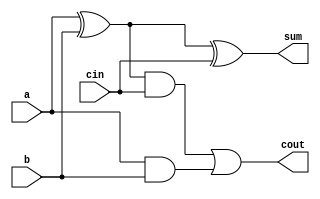

module full_adder(
    input a,
    input b,
    input cin,
    output sum,
    output cout 
);

assign sum = (a ^ b) ^ cin;

assign cout = ((a ^ b) & cin) | (a & b);

endmodule


// 32 bit ripple carry adder
module add(
    input [31:0] a,
    input [31:0] b,
    input cin,
    output [31:0] sum,
    output cout
);

// Internal carry wires to connect the full adders
wire [30:0] carry;

// Instantiate the full adders
full_adder fa0(a[0], b[0], cin, sum[0], carry[0]);
full_adder fa1(a[1], b[1], carry[0], sum[1], carry[1]);
full_adder fa2(a[2], b[2], carry[1], sum[2], carry[2]);
full_adder fa3(a[3], b[3], carry[2], sum[3], carry[3]);
full_adder fa4(a[4], b[4], carry[3], sum[4], carry[4]);
full_adder fa5(a[5], b[5], carry[4], sum[5], carry[5]);
full_adder fa6(a[6], b[6], carry[5], sum[6], carry[6]);
full_adder fa7(a[7], b[7], carry[6], sum[7], carry[7]);
full_adder fa8(a[8], b[8], carry[7], sum[8], carry[8]);
full_adder fa9(a[9], b[9], carry[8], sum[9], carry[9]);
full_adder fa10(a[10], b[10], carry[9], sum[10], carry[10]);
full_adder fa11(a[11], b[11], carry[10], sum[11], carry[11]);
full_adder fa12(a[12], b[12], carry[11], sum[12], carry[12]);
full_adder fa13(a[13], b[13], carry[12], sum[13], carry[13]);
full_adder fa14(a[14], b[14], carry[13], sum[14], carry[14]);
full_adder fa15(a[15], b[15], carry[14], sum[15], carry[15]);
full_adder fa16(a[16], b[16], carry[15], sum[16], carry[16]);
full_adder fa17(a[17], b[17], carry[16], sum[17], carry[17]);
full_adder fa18(a[18], b[18], carry[17], sum[18], carry[18]);
full_adder fa19(a[19], b[19], carry[18], sum[19], carry[19]);
full_adder fa20(a[20], b[20], carry[19], sum[20], carry[20]);
full_adder fa21(a[21], b[21], carry[20], sum[21], carry[21]);
full_adder fa22(a[22], b[22], carry[21], sum[22], carry[22]);
full_adder fa23(a[23], b[23], carry[22], sum[23], carry[23]);
full_adder fa24(a[24], b[24], carry[23], sum[24], carry[24]);
full_adder fa25(a[25], b[25], carry[24], sum[25], carry[25]);
full_adder fa26(a[26], b[26], carry[25], sum[26], carry[26]);
full_adder fa27(a[27], b[27], carry[26], sum[27], carry[27]);
full_adder fa28(a[28], b[28], carry[27], sum[28], carry[28]);
full_adder fa29(a[29], b[29], carry[28], sum[29], carry[29]);
full_adder fa30(a[30], b[30], carry[29], sum[30], carry[30]);
full_adder fa31(a[31], b[31], carry[30], sum[31], cout);


endmodule